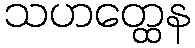
သဟတ္ထေန